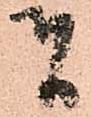
者